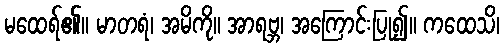
မထေရ်၏။ မာတရံ၊ အမိကို။ အာရဗ္ဘ၊ အကြောင်းပြု၍။ ကထေသိ၊